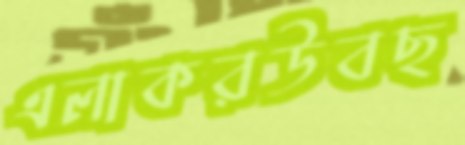
এলাকরউবছ